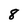
Character: 8